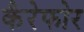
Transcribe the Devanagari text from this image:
कैरेफोर